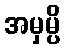
အမှမ္ပိ